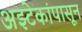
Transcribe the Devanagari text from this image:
अझ्टेकांपासून